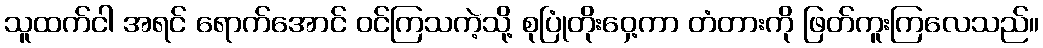
သူထက်ငါ အရင် ရောက်အောင် ဝင်ကြသကဲ့သို့ စုပြုံတိုးဝှေ့ကာ တံတားကို ဖြတ်ကူးကြလေသည်။